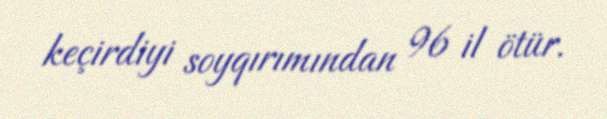
keçirdiyi soyqırımından 96 il ötür.